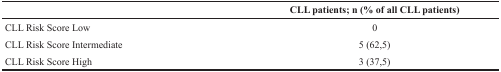
|  | CLL patients; n (% of all CLL patients) |
 | --- | --- |
 | CLL Risk Score Low | 0 |
 | CLL Risk Score Intermediate | 5 (62,5) |
 | CLL Risk Score High | 3 (37,5) |